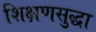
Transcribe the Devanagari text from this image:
शिक्षणसुद्धा